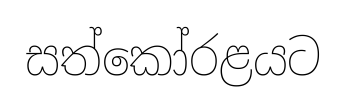
සත්කෝරළයට